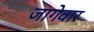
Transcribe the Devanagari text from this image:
जागेवार